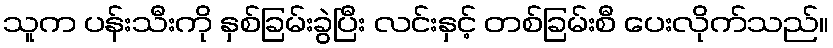
သူက ပန်းသီးကို နှစ်ခြမ်းခွဲပြီး လင်းနှင့် တစ်ခြမ်းစီ ပေးလိုက်သည်။